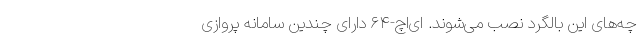
چه‌های این بالگرد نصب می‌شوند. ای‌اچ-۶۴ دارای چندین سامانه پروازی